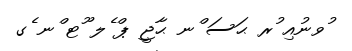
ުވނުއި ުރ ޙަސަ ްނ ޙާޖީ ޕް ެލ ޫޓ ްނ ެގ